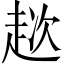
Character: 趑